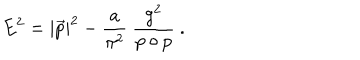
E ^ { 2 } = | \vec { p } | ^ { 2 } - \frac { a } { \pi ^ { 2 } } ~ \frac { g ^ { 2 } } { p \circ p } ~ .